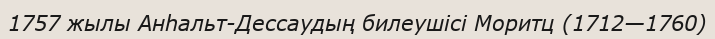
1757 жылы Анһальт-Дессаудың билеушісі Моритц (1712—1760)